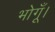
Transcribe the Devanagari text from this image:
भोगूँ।